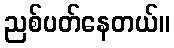
ညစ်ပတ်နေတယ်။